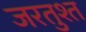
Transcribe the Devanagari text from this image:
जरतुश्त